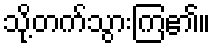
သို့တက်သွားကြ၏။